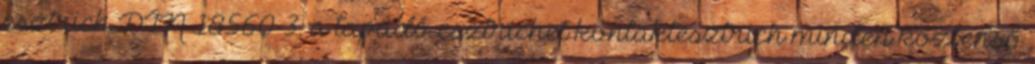
esztrich DIN 18560-3: a tapadó esztrichet kontaktesztrich minden közbenső